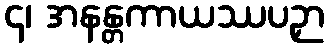
၄၊ အနန္တကာယဿပဉှာ